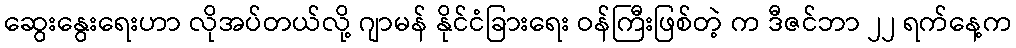
ဆွေးနွေးရေးဟာ လိုအပ်တယ်လို့ ဂျာမန် နိုင်ငံခြားရေး ဝန်ကြီးဖြစ်တဲ့ က ဒီဇင်ဘာ ၂၂ ရက်နေ့က